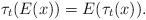
LaTeX: \begin{align*}\tau_t(E(x)) = E(\tau_t(x)).\end{align*}